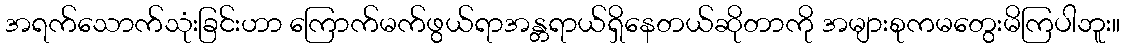
အရက်သောက်သုံးခြင်းဟာ ကြောက်မက်ဖွယ်ရာအန္တရာယ်ရှိနေတယ်ဆိုတာကို အများစုကမတွေးမိကြပါဘူး။